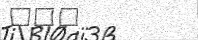
١٢٣